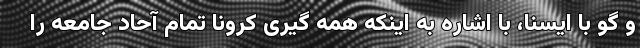
و گو با ایسنا، با اشاره به اینکه همه گیری کرونا تمام آحاد جامعه را